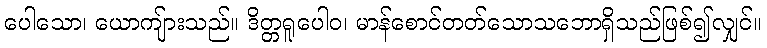
ပေါသော၊ ယောကျ်ားသည်။ ဒိတ္တရူပေါဝ၊ မာန်စောင်တတ်သောသဘောရှိသည်ဖြစ်၍လျှင်။